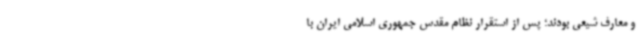
و معارف شیعی بودند؛ پس از استقرار نظام مقدس جمهوری اسلامی ایران با